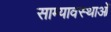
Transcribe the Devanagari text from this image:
साम्यावस्थाओं